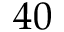
4 0